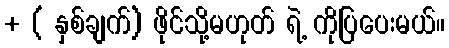
+ ( နှစ်ချက်) ဖိုင်သို့မဟုတ် ရဲ့ ကိုပြပေးမယ်။